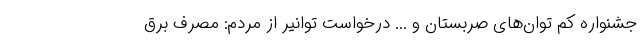
جشنواره کم توان‌های صربستان و ... درخواست توانیر از مردم: مصرف برق